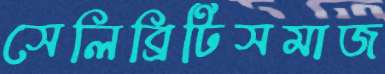
সেলিব্রিটিসমাজ